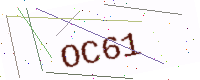
Text: OC61